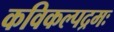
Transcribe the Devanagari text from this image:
कविकल्पद्रमः